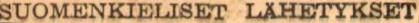
SUOMENKIELISET LÄHETYKSET